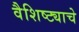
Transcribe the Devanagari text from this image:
वैशिष्ट्याचे